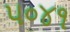
૫૦૪૧